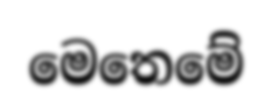
මෙතෙමේ